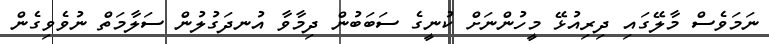
ނަމަވެސް މާލޭގައި ދިރިއުޅޭ މީހުންނަށް ކުނީގެ ސަބަބުން ދިމާވާ އުނދަގުލުން ސަލާމަތް ނުވެވިގެން